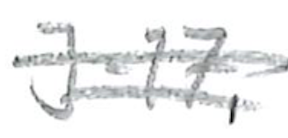
Text: J-17,
Cross-out: mix
Writing tool: pencil